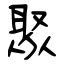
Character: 聚